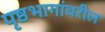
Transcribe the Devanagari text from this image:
पृष्ठभागांवरील